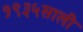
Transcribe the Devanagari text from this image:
१९३५साली